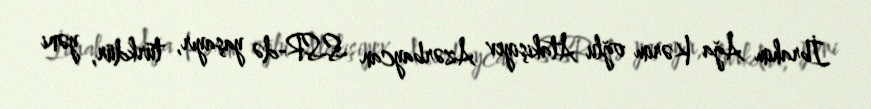
İbrahim Ağa Kərim oğlu Atakişiyev Azərbaycan SSR-də yaşayır, türkdür, yəni